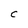
Character: c